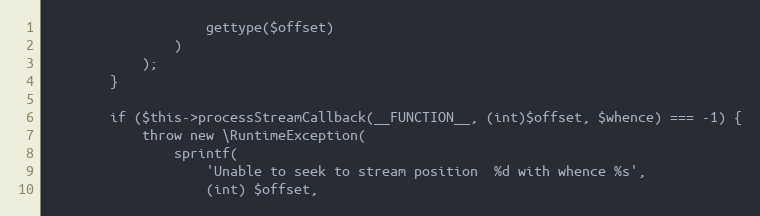
Language: PHP
                    gettype($offset)
                )
            );
        }

        if ($this->processStreamCallback(__FUNCTION__, (int)$offset, $whence) === -1) {
            throw new \RuntimeException(
                sprintf(
                    'Unable to seek to stream position  %d with whence %s',
                    (int) $offset,